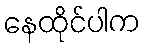
နေထိုင်ပါက